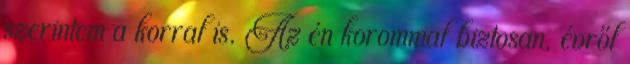
szerintem a korral is. Az én korommal biztosan, évről